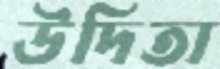
উদিতা